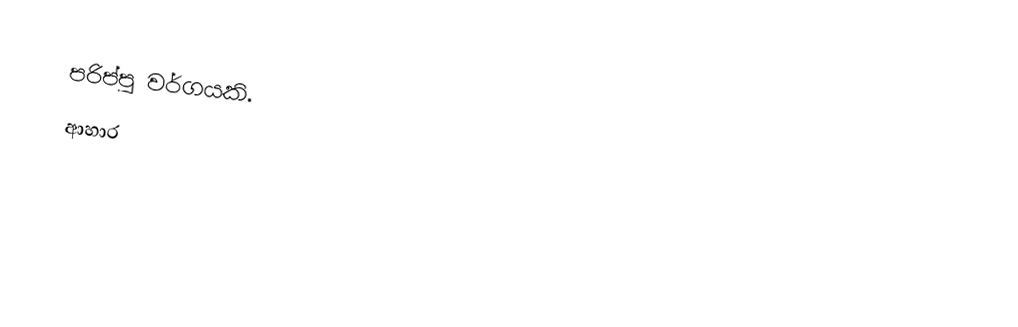
පරිප්පු වර්ගයකි.
ආහාර